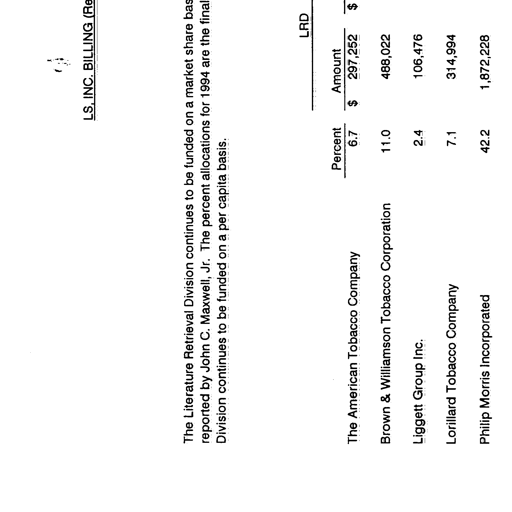
Transcript:
LS, INC. BILLING (Re

The Literature Retrieval Division continues to be funded on a market share bas
reported by John C. Maxwell, Jr. The percent allocations for 1994 are the final
Division continues to be funded on a per capita basis.

LRD

Percent Amount

The American Tobacco Company 6.7 $ 297,252 $

Brown & Williamson Tobacco Corporation 11.0 488,022

Liggett Group Inc. 2.4 106,476

Lorillard Tobacco Company 7.1 314,994

Philip Morris Incorporated 42.2 1,872,228